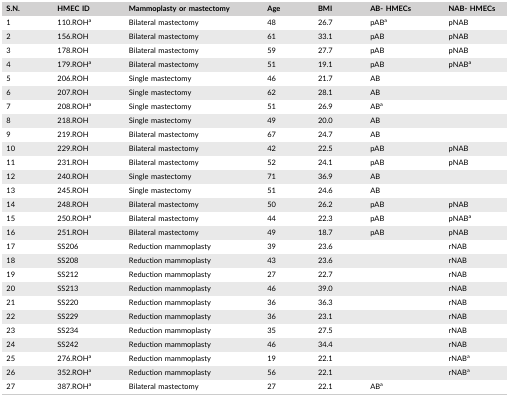
<table><thead><tr><td><b>S.N.</b></td><td><b>HMEC ID</b></td><td><b>Mammoplasty or mastectomy</b></td><td><b>Age</b></td><td><b>BMI</b></td><td><b>AB‐ HMECs</b></td><td><b>NAB‐ HMECs</b></td></tr></thead><tbody><tr><td>1</td><td>110.ROH<sup>a</sup></td><td>Bilateral mastectomy</td><td>48</td><td>26.7</td><td>pAB<sup>a</sup></td><td>pNAB</td></tr><tr><td>2</td><td>156.ROH</td><td>Bilateral mastectomy</td><td>61</td><td>33.1</td><td>pAB</td><td>pNAB</td></tr><tr><td>3</td><td>178.ROH</td><td>Bilateral mastectomy</td><td>59</td><td>27.7</td><td>pAB</td><td>pNAB</td></tr><tr><td>4</td><td>179.ROH<sup>a</sup></td><td>Bilateral mastectomy</td><td>51</td><td>19.1</td><td>pAB</td><td>pNAB<sup>a</sup></td></tr><tr><td>5</td><td>206.ROH</td><td>Single mastectomy</td><td>46</td><td>21.7</td><td>AB</td><td></td></tr><tr><td>6</td><td>207.ROH</td><td>Single mastectomy</td><td>62</td><td>28.1</td><td>AB</td><td></td></tr><tr><td>7</td><td>208.ROH<sup>a</sup></td><td>Single mastectomy</td><td>51</td><td>26.9</td><td>AB<sup>a</sup></td><td></td></tr><tr><td>8</td><td>218.ROH</td><td>Single mastectomy</td><td>49</td><td>20.0</td><td>AB</td><td></td></tr><tr><td>9</td><td>219.ROH</td><td>Bilateral mastectomy</td><td>67</td><td>24.7</td><td>AB</td><td></td></tr><tr><td>10</td><td>229.ROH</td><td>Bilateral mastectomy</td><td>42</td><td>22.5</td><td>pAB</td><td>pNAB</td></tr><tr><td>11</td><td>231.ROH</td><td>Bilateral mastectomy</td><td>52</td><td>24.1</td><td>pAB</td><td>pNAB</td></tr><tr><td>12</td><td>240.ROH</td><td>Single mastectomy</td><td>71</td><td>36.9</td><td>AB</td><td></td></tr><tr><td>13</td><td>245.ROH</td><td>Single mastectomy</td><td>51</td><td>24.6</td><td>AB</td><td></td></tr><tr><td>14</td><td>248.ROH</td><td>Bilateral mastectomy</td><td>50</td><td>26.2</td><td>pAB</td><td>pNAB</td></tr><tr><td>15</td><td>250.ROH<sup>a</sup></td><td>Bilateral mastectomy</td><td>44</td><td>22.3</td><td>pAB</td><td>pNAB<sup>a</sup></td></tr><tr><td>16</td><td>251.ROH</td><td>Bilateral mastectomy</td><td>49</td><td>18.7</td><td>pAB</td><td>pNAB</td></tr><tr><td>17</td><td>SS206</td><td>Reduction mammoplasty</td><td>39</td><td>23.6</td><td></td><td>rNAB</td></tr><tr><td>18</td><td>SS208</td><td>Reduction mammoplasty</td><td>43</td><td>23.6</td><td></td><td>rNAB</td></tr><tr><td>19</td><td>SS212</td><td>Reduction mammoplasty</td><td>27</td><td>22.7</td><td></td><td>rNAB</td></tr><tr><td>20</td><td>SS213</td><td>Reduction mammoplasty</td><td>46</td><td>39.0</td><td></td><td>rNAB</td></tr><tr><td>21</td><td>SS220</td><td>Reduction mammoplasty</td><td>36</td><td>36.3</td><td></td><td>rNAB</td></tr><tr><td>22</td><td>SS229</td><td>Reduction mammoplasty</td><td>36</td><td>23.1</td><td></td><td>rNAB</td></tr><tr><td>23</td><td>SS234</td><td>Reduction mammoplasty</td><td>35</td><td>27.5</td><td></td><td>rNAB</td></tr><tr><td>24</td><td>SS242</td><td>Reduction mammoplasty</td><td>46</td><td>34.4</td><td></td><td>rNAB</td></tr><tr><td>25</td><td>276.ROH<sup>a</sup></td><td>Reduction mammoplasty</td><td>19</td><td>22.1</td><td></td><td>rNAB<sup>a</sup></td></tr><tr><td>26</td><td>352.ROH<sup>a</sup></td><td>Reduction mammoplasty</td><td>56</td><td>22.1</td><td></td><td>rNAB<sup>a</sup></td></tr><tr><td>27</td><td>387.ROH<sup>a</sup></td><td>Bilateral mastectomy</td><td>27</td><td>22.1</td><td>AB<sup>a</sup></td><td></td></tr></tbody></table>